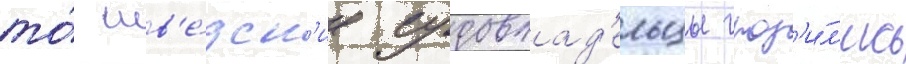
то́ шв'е́дск'ие судовлад'ельцы гроз'и́л'ись